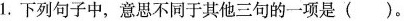
1.下列句子中，意思不同于其他三句的一项是()。